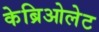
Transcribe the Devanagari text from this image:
केब्रिओलेट